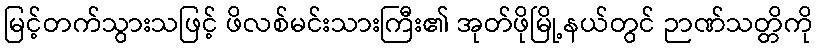
မြင့်တက်သွားသဖြင့် ဖိလစ်မင်းသားကြီး၏ အုတ်ဖိုမြို့နယ်တွင် ဉာဏ်သတ္တိကို